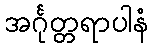
အင်္ဂုတ္တရာပါနံ